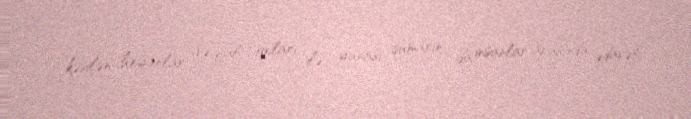
kəsilən heyanlar və fal oxları ilə yanaşı qumarın da insanlar arasında ədavət,